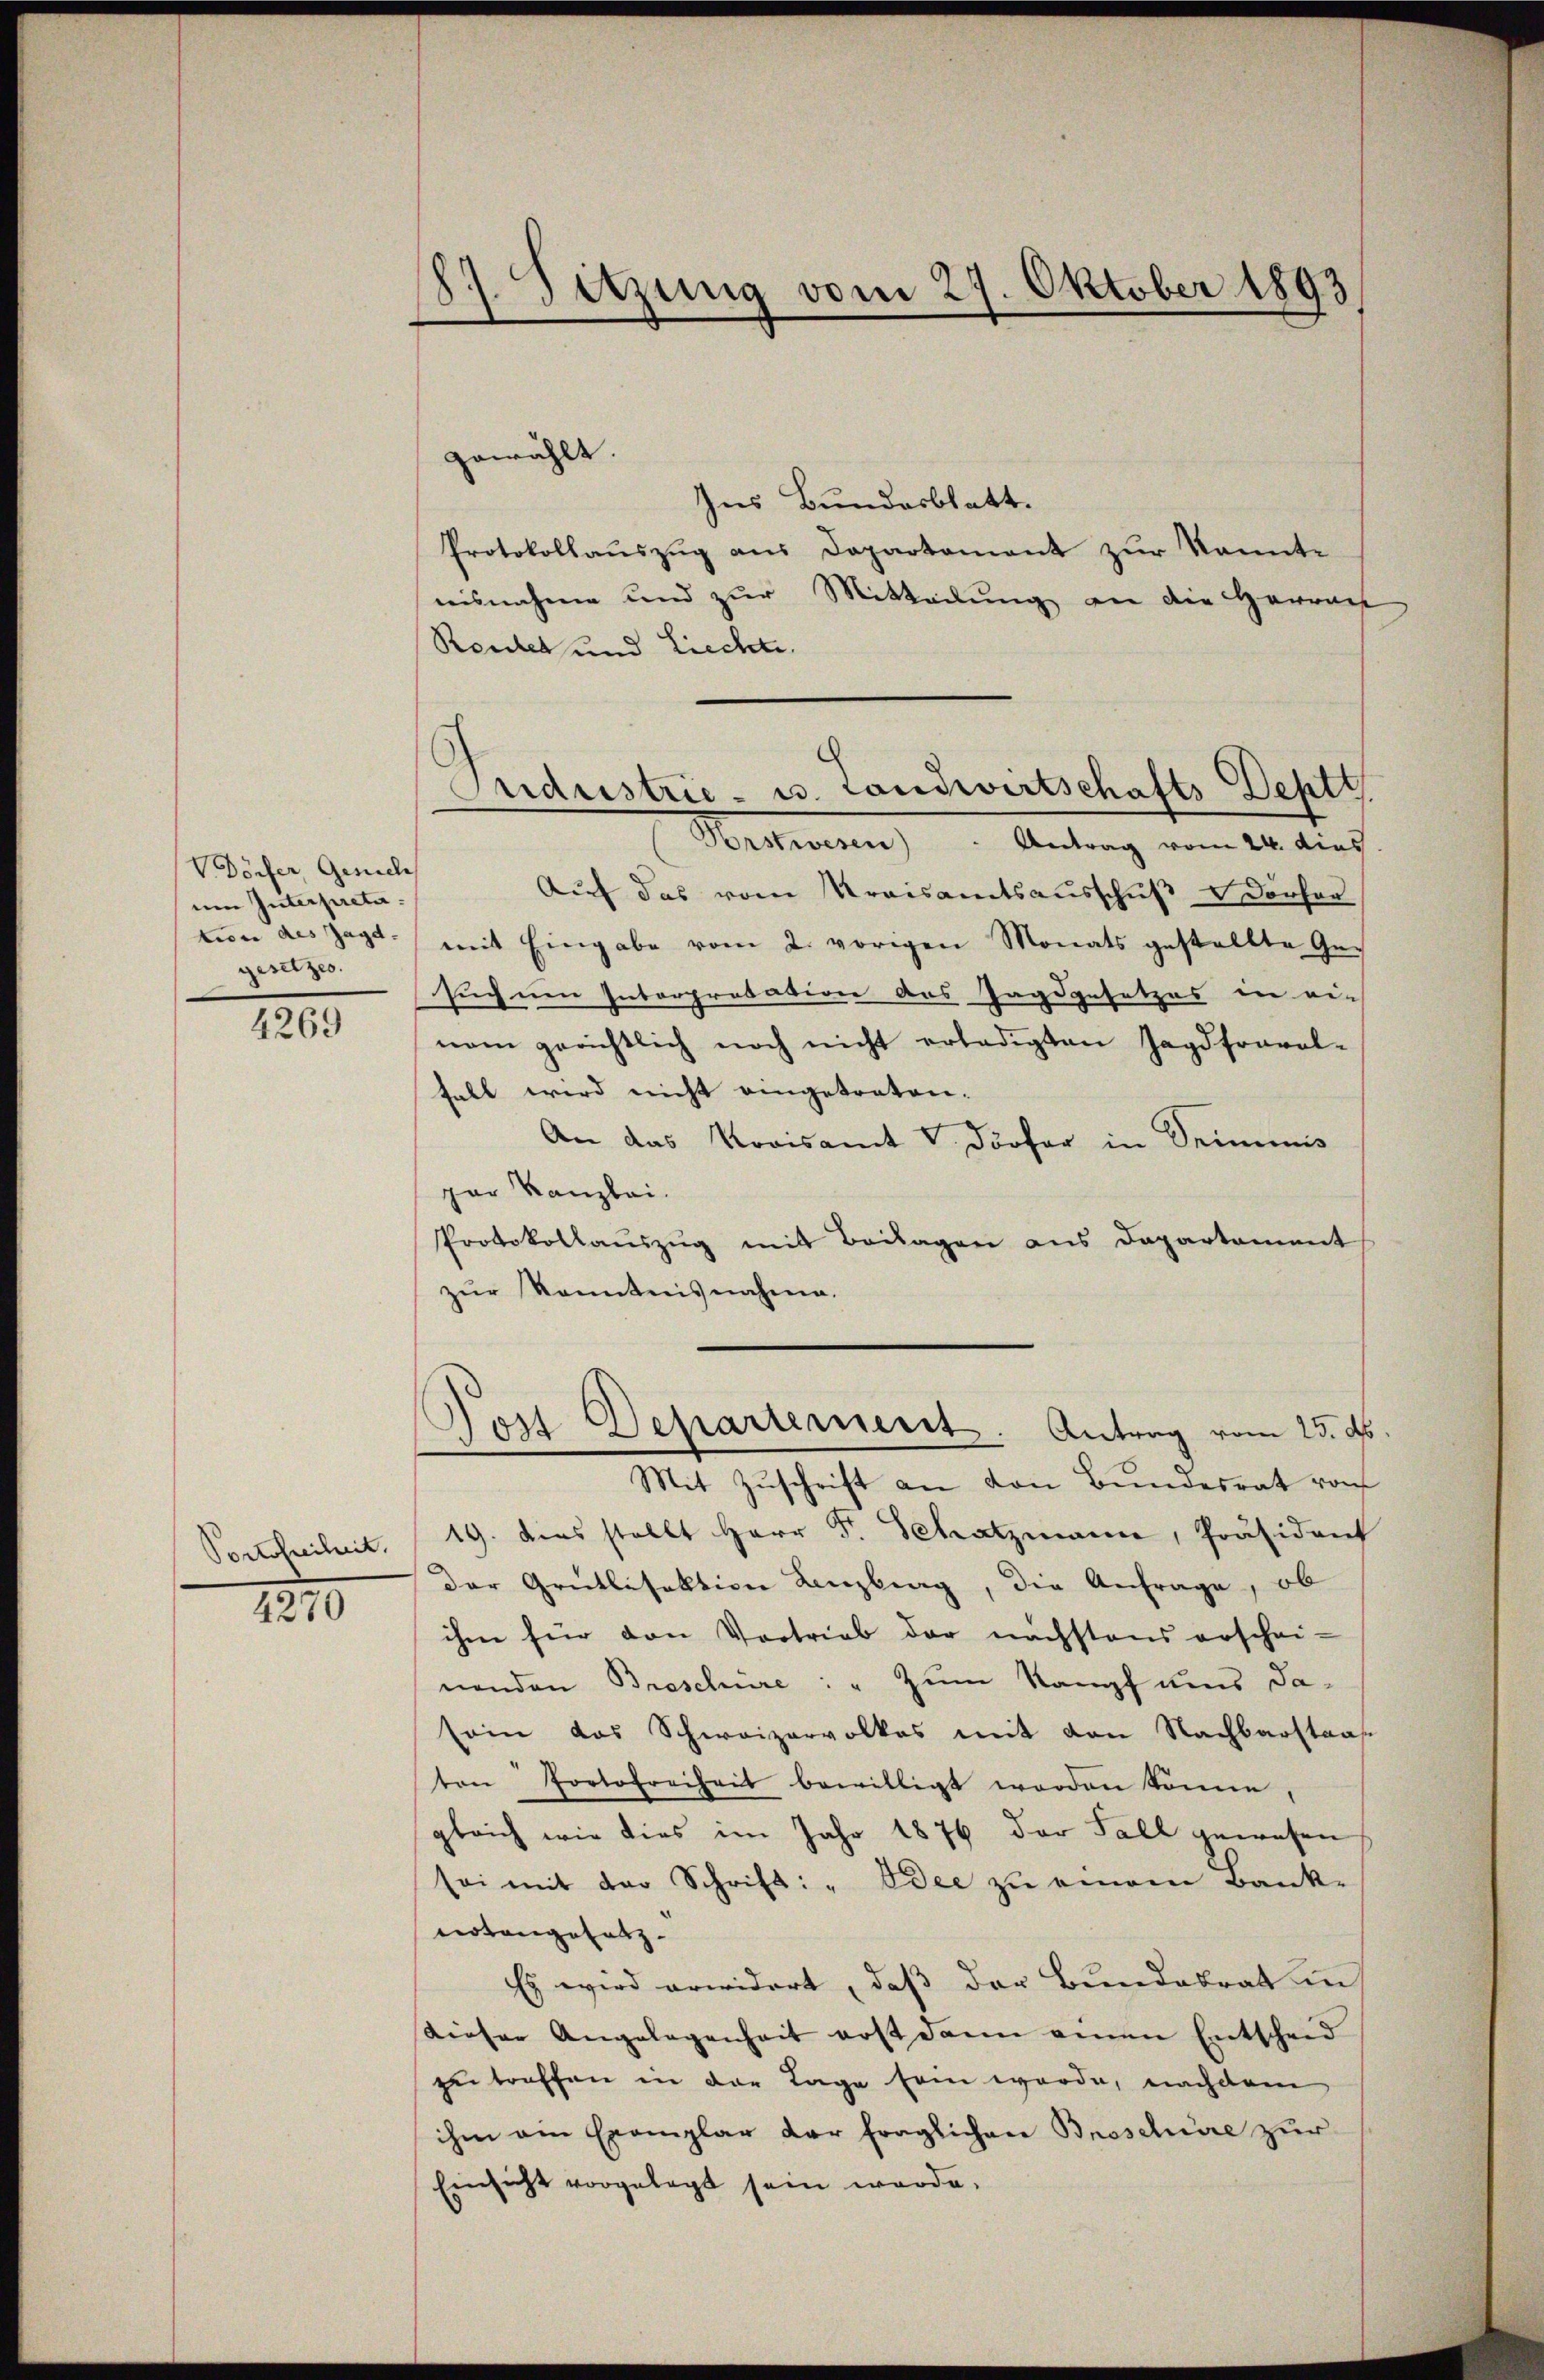
VDörfer, Gesuch
um Interpreta
tion des Jagd- |
gesetzes.

4269

Portofreiheit.

4270

87. Sitzung vom 27. Oktober 1893
5

gewählt.
Ins Bundesblatt.
Protokollauszug aus Departement zur Kenntaisnahme und zur Mitteilung an die Herrnes
Reutet und Liechte.
Vorstwesen) " Antrag vom 24. dies
Auf das vom Kreisamtsaŭsschŭβ u Dörfer
mit Eingabe vom 2. vorigen Monats gestellte Ge-
such um Interprobation des Jagdgesetzes in ein
nem gerichtlich noch nicht erledigten Jagdfravol-
fall wird nicht eingetreten.
An das Kreisamt V Dörfer in Seimis
par Kanzlei.
Protokollaŭszŭg mit Beilagen ans Departament
zŭr Kenntnisnahme.

5
Oridustrie - u. Landwirtschafts Deptt.

Post Departement. Antrag vom 25. d.

Mit Zuschrift an von Bundesrat roh
19. dies stellt Herr F. Schatzmann, Präsident
der Grütlisektion Lenzburg, die Anfrage, ob
ihm für den Vortrieb der nächstens erschei-
nenden Broschure: " zum Stampf uns da-
sein das Schweizervolkes mit von Nachbarstras
ton Portofreiheit bewilligt worden könne,
gleich wie dies im Jahr 1876 der Fall gewesen,
sei mit der Schrift: "Idee zu einem Bank-
tertangesetz
Es wird erwidert, daß der Bundebrat in
Kieser Angelegenheit erst dann einen Entscheid
zu treffen in der Tage sein werde, nachdem
ihm ein Exemplar der fraglichen Broschüre zur
Einsicht vorgelegt sein werde.